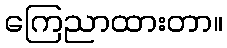
ကြေညာထားတာ။